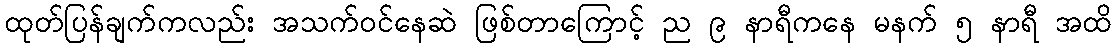
ထုတ်ပြန်ချက်ကလည်း အသက်ဝင်နေဆဲ ဖြစ်တာကြောင့် ည ၉ နာရီကနေ မနက် ၅ နာရီ အထိ